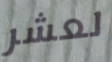
لعشر